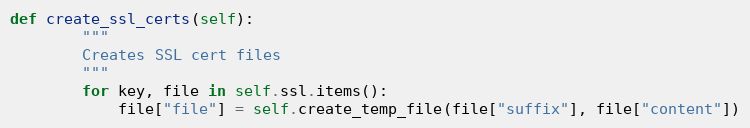
Language: Python
def create_ssl_certs(self):
        """
        Creates SSL cert files
        """
        for key, file in self.ssl.items():
            file["file"] = self.create_temp_file(file["suffix"], file["content"])